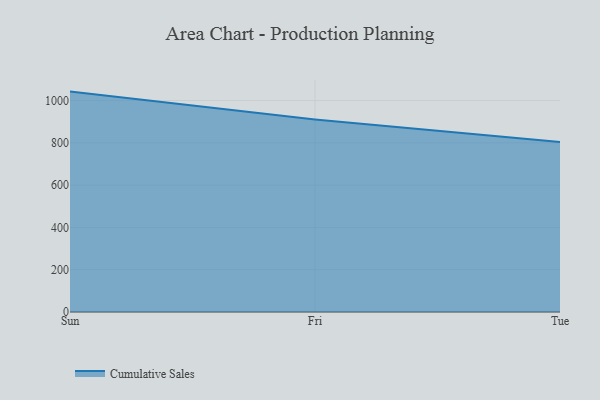
{"axis": {"x": "Day", "y": "Humidity (%)"}, "legend": ["Cumulative Sales"], "data": [{"x": "Sun", "y": 1042.6, "type": "Cumulative Sales"}, {"x": "Fri", "y": 910.7, "type": "Cumulative Sales"}, {"x": "Tue", "y": 803.8, "type": "Cumulative Sales"}]}